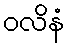
ဝလိနံ